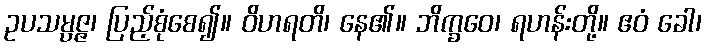
ဥပသမ္ပဇ္ဇ၊ ပြည့်စုံစေ၍။ ဝိဟရတိ၊ နေ၏။ ဘိက္ခဝေ၊ ရဟန်းတို့။ ဧဝံ ခေါ၊